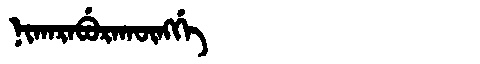
Manchu: ᠨᡳᡴᠠᡵᠠᠪᡠᡵᠠᡴᡡᠩᡤᡝ
Romanization: NIKARABURAKŪNGGE